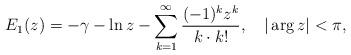
LaTeX: \begin{align*} E_1(z) =-\gamma -\ln z- \sum^\infty_{k=1}\frac{(-1)^kz^k}{k\cdot k!},\quad |\arg z |<\pi {,}\end{align*}